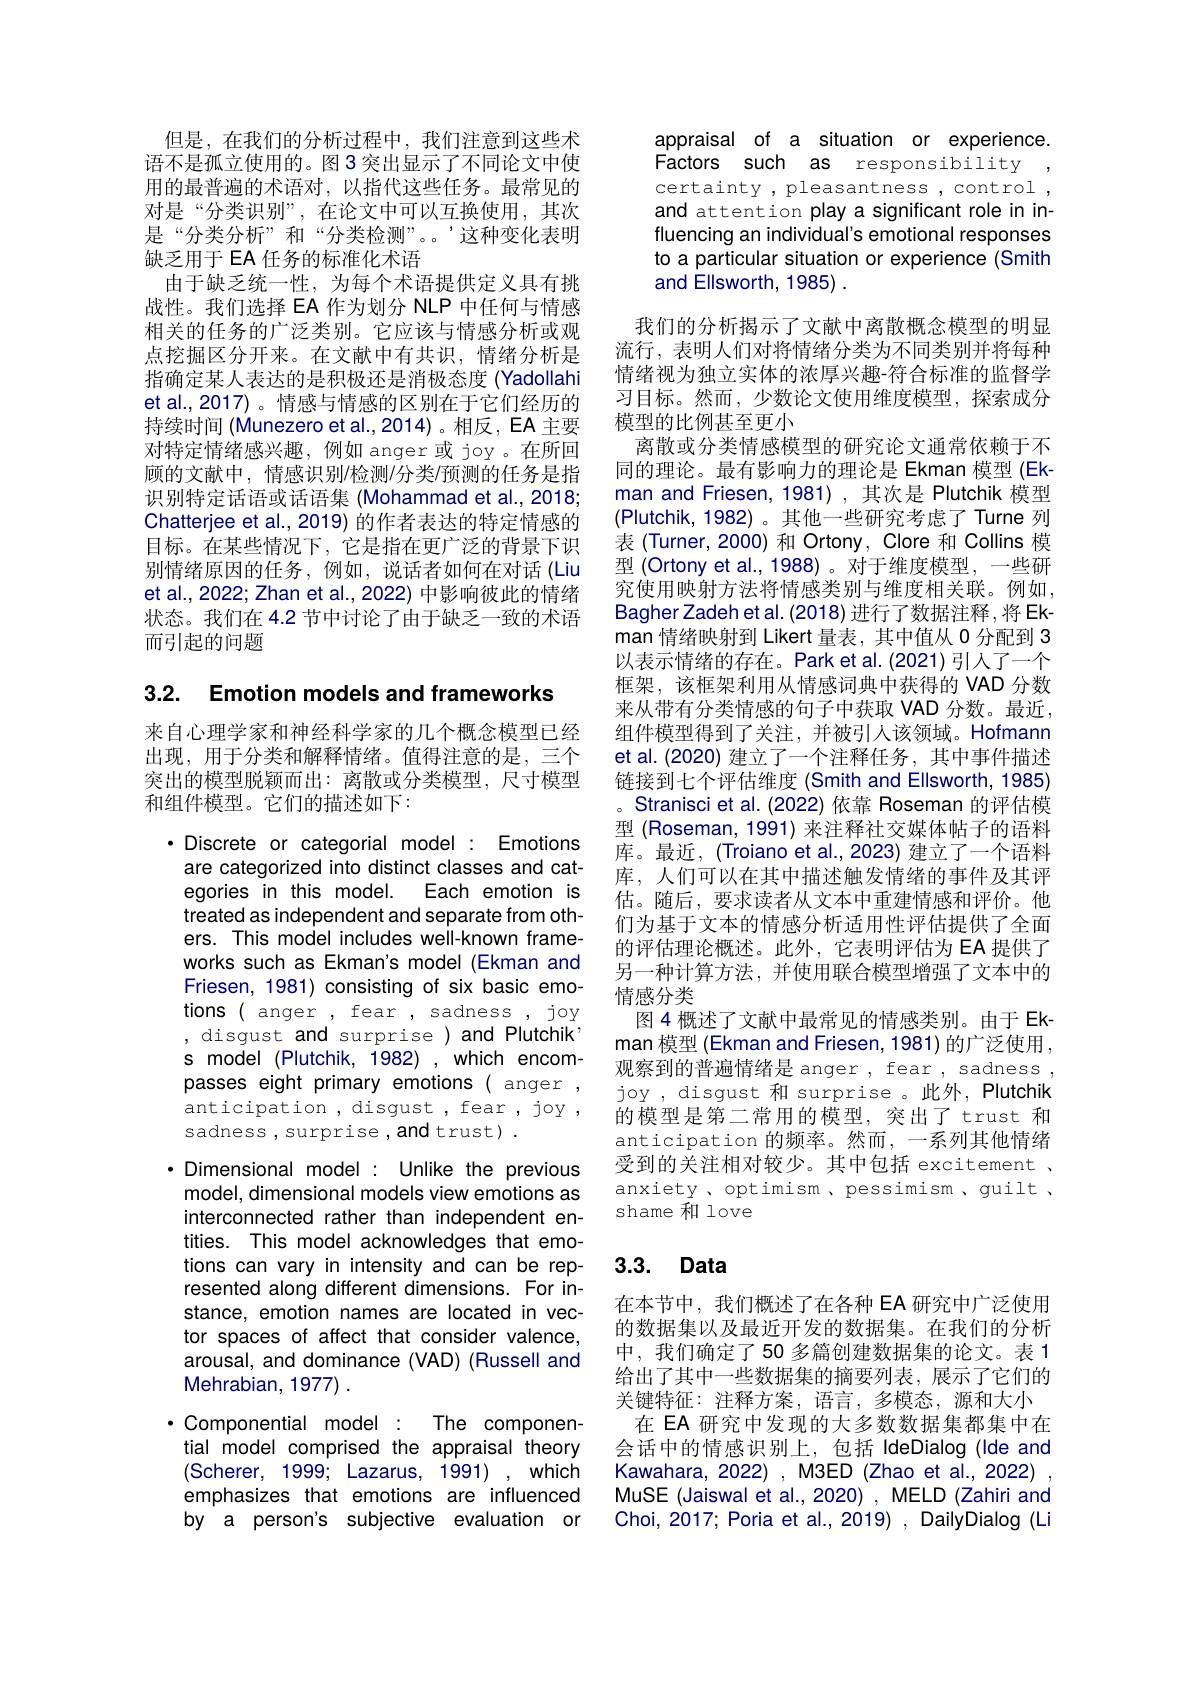
但是，在我们的分析过程中，我们注意到这些术语不是孤立使用的。图 3 突出显示了不同论文中使用的最普遍的术语对，以指代这些任务。最常见的对是“分类识别”,在论文中可以互换使用，其次是“分类分析”和“分类检测”。。’这种变化表明缺乏用于 EA 任务的标准化术语
由于缺乏统一性，为每个术语提供定义具有挑战性。我们选择 EA 作为划分 NLP 中任何与情感相关的任务的广泛类别。它应该与情感分析或观点挖掘区分开来。在文献中有共识，情绪分析是指确定某人表达的是积极还是消极态度 (Yadollahi et al.,2017)。情感与情感的区别在于它们经历的持续时间 (Munezero et al.,2014)。相反，EA 主要对特定情绪感兴趣，例如 anger 或 joy 。在所回顾的文献中，情感识别/检测/分类/预测的任务是指识别特定话语或话语集 (Mohammad et al., 2018; Chatterjee et al., 2019) 的作者表达的特定情感的目标。在某些情况下，它是指在更广泛的背景下识别情绪原因的任务，例如，说话者如何在对话(Liu et al., 2022; Zhan et al., 2022) 中影响彼此的情绪状态。我们在 4.2 节中讨论了由于缺乏一致的术语而引起的问题

3.2. Emotion models and frameworks

来自心理学家和神经科学家的几个概念模型已经出现，用于分类和解释情绪。值得注意的是，三个突出的模型脱颖而出：离散或分类模型，尺寸模型和组件模型。它们的描述如下：

· Discrete or categorial model : Emotions are categorized into distinct classes and categories in this model. Each emotion is treated as independent and separate from others. This model includes weil-known frameworks such as Ekman's model (Ekman and Friesen, 1981) consisting of six basic emotions (anger , fear , sadness , joy , disgust and surprise ) and Plutchik, s model (Plutchik, 1982) , which encompasses eight primary emotions ( anger , anticipation , disgust , fear , joy , sadness , surprise , and trust) .

$\cdot$ Dimensional model : Unlike the previous model, dimensional models view emotions as interconnected rather than independent entities. This model acknowledges that emotions can vary in intensity and can be represented along different dimensions. For instance, emotion names are located in vector spaces of affect that consider valence, arousal, and dominance (VAD) (Russell and Mehrabian, 1977) .
The componen-
$\cdot$Componential model:
tial model comprised the appraisal theory
which
(Scherer, 1999; Lazarus, 1991)
emphasizes that emotions are influenced by a person's subjective evaluation or

appraisal of a situation or experience.
Factors such as responsibility
certainty , pleasantness , control , and attention play a significant role in influencing an individual's emotional responses to a particular situation or experience (Smith and Ellsworth, 1985)

我们的分析揭示了文献中离散概念模型的明显流行，表明人们对将情绪分类为不同类别并将每种情绪视为独立实体的浓厚兴趣-符合标准的监督学习目标。然而，少数论文使用维度模型，探索成分模型的比例甚至更小
离散或分类情感模型的研究论文通常依赖于不同的理论。最有影响力的理论是 Ekman 模型 (Ekman and Friesen, 1981) , 其次是 Plutchik 模型(Plutchik,1982)。其他一些研究考虑了 Turne 列表 (Turner,2000) 和 Ortony, Clore 和 Collins 模型 (Ortony et al., 1988) 。对于维度模型，一些研究使用映射方法将情感类别与维度相关联。例如， Bagher Zadeh et al. (2018) 进行了数据注释，将 Ekman 情绪映射到 Likert 量表，其中值从 0 分配到 3以表示情绪的存在。Park et al.(2021) 引人了一个框架，该框架利用从情感词典中获得的 VAD 分数来从带有分类情感的句子中获取 VAD 分数。最近， 组件模型得到了关注，并被引人该领域。Hofmann et al.(2020) 建立了一个注释任务，其中事件描述链接到七个评估维度 (Smith and Ellsworth, 1985) 。Stranisci et al. (2022) 依靠 Roseman 的评估模型 (Roseman, 1991) 来注释社交媒体帖子的语料库。最近，(Troiano et al.,2023) 建立了一个语料库，人们可以在其中描述触发情绪的事件及其评估。随后，要求读者从文本中重建情感和评价。他们为基于文本的情感分析适用性评估提供了全面的评估理论概述。此外，它表明评估为 EA 提供了另一种计算方法，并使用联合模型增强了文本中的情感分类
图 4 概述了文献中最常见的情感类别。由于 Ekman 模型 (Ekman and Friesen, 1981)的广泛使用， 观察到的普遍情绪是 anger , fear , sadness , joy , disgust 和 surprise 。此外，Plutchik 的模型是第二常用的模型，突出了trust 和anticipation 的频率。然而，一系列其他情绪受到的关注相对较少。其中包括 excitement . anxiety 、optimism , pessimism , guilt . shame 和 love

## 3.3. Data

在本节中，我们概述了在各种 EA 研究中广泛使用的数据集以及最近开发的数据集。在我们的分析中，我们确定了50 多篇创建数据集的论文。表 1给出了其中一些数据集的摘要列表，展示了它们的关键特征：注释方案，语言，多模态，源和大小
在 EA 研究中发现的大多数数据集都集中在会话中的情感识别上，包括 IdeDialog(Ide and Kawahara, 2022) , M3ED (Zhao et al., 2022) MuSE (Jaiswal et al., 2020) , MELD (Zahiri and Choi, 2017; Poria et al., 2019) , DailyDialog (Li